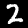
Digit: 2